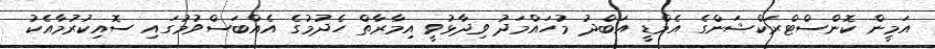
އަމީން ކޮންސްޓްރަކްޝަންގެ އެމްޑީ އަބްދު މުހައްމަދު ވިދާޅުވީ އިމާރާތް ހެދުމުގެ އެއްބަސްވުމުގައި ސޮއިކުރުމާއެކު